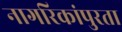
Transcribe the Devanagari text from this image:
नागरिकांपुरता